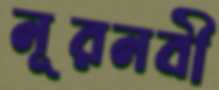
নূরনবী